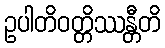
ဥပါတိဝတ္တိဿန္တီတိ